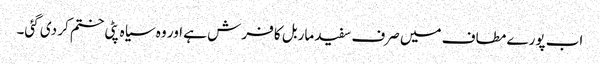
اب پورے مطاف میں صرف سفید ماربل کا فرش ہے اور وہ سیاہ پٹی ختم کر دی گئی۔